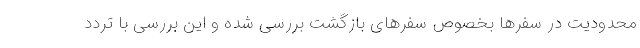
محدودیت در سفرها بخصوص سفرهای بازگشت بررسی شده و این بررسی با تردد